Document type: Emphyteutic lease
Year: 1316
Scribe: Berenguer de Vallseca
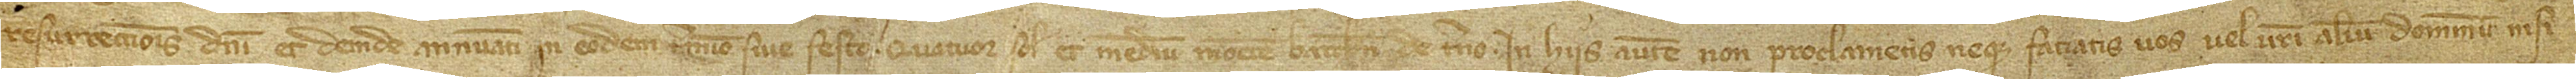
Resurreccionis Domini, et deinde annuatim in eodem termino sive festo, quatuor solidos et medium monete Barchinone de terno. In hiis autem non proclametis neque faciatis vos vel vestri alium dominum nisi